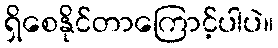
ရှိစေနိုင်တာကြောင့်ပါပဲ။